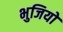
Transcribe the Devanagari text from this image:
भुजियो